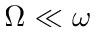
\Omega \ll \omega